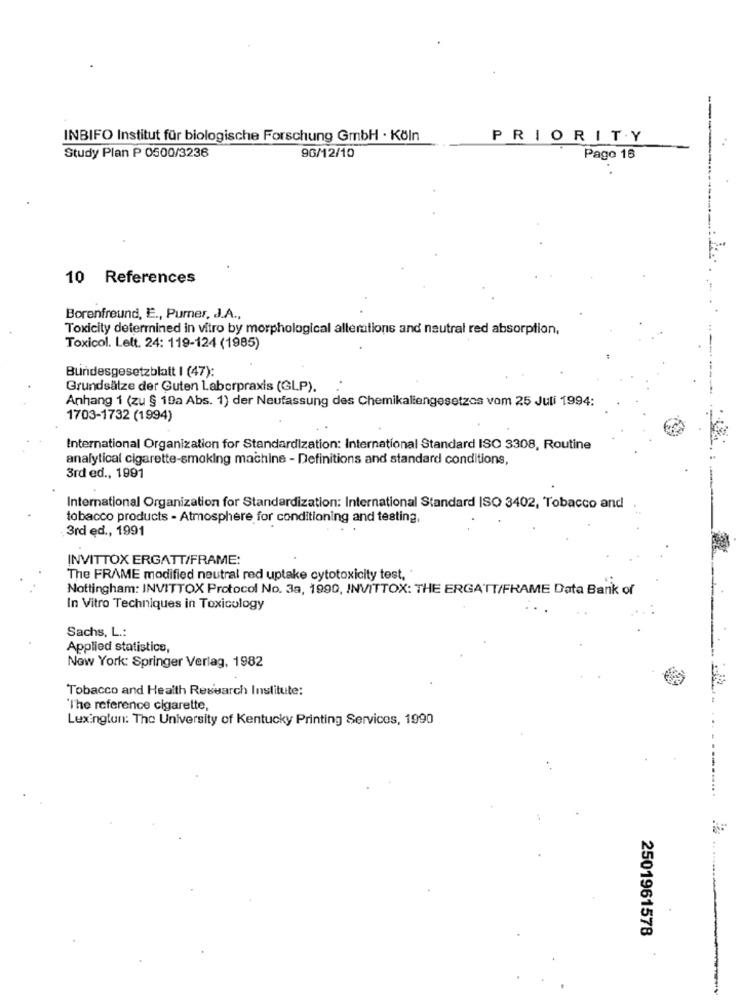
--
INBIFO Institut für biologische Forschung GmbH · Köln
PRIORITY
96/12/10
Study Plan P 0500/3236
Pago 16
10 References
Borenfreund, È ., Purner, J.A .,
Toxicity determined in vitro by morphological allerations and neutral red absorption,
Toxicol. Lett. 24: 119-124 (1985)
Bundesgesetzblatt I (47):
Grundsätze der Guten Laborpraxis (GLP).
Anhang 1 (zu § 19a Abs. 1) der Neufassung des Chemikaliengesetzes vom 25 Juli 1994:
1703-1732 (1994)
International Organization for Standardization: International Standard ISO 3308, Routine
analytical cigarette-smoking machine - Definitions and standard conditions,
3rd ed ., 1991
International Organization for Standardization: International Standard ISO 3402, Tobacco and
tobacco products - Atmosphere for conditioning and testing,
3rd ęd ., 1991
INVITTOX ERGATT/FRAME:
The FRAME modified neutral red uptake cytotoxicity test, "
Nottingham: INVITTOX Protocol No. 3a, 1990, INVITTOX: THE ERGATT/FRAME Data Bank of
In Vitro Techniques in Toxicology
Sachs, L .:
Applied statistics,
Now York: Springer Verlag, 1982
Tobacco and Health Research Institute:
"The reference cigarette,
Lexington: The University of Kentucky Printing Services, 1990
2501961578